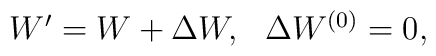
\begin{array}{lr}    W^\prime = W + \Delta W, & \Delta W^{(0)} = 0,    \end{array}